Report of the Indian Hemp Drugs Commission, 1894-1895 - Volume IV
Year: 1894
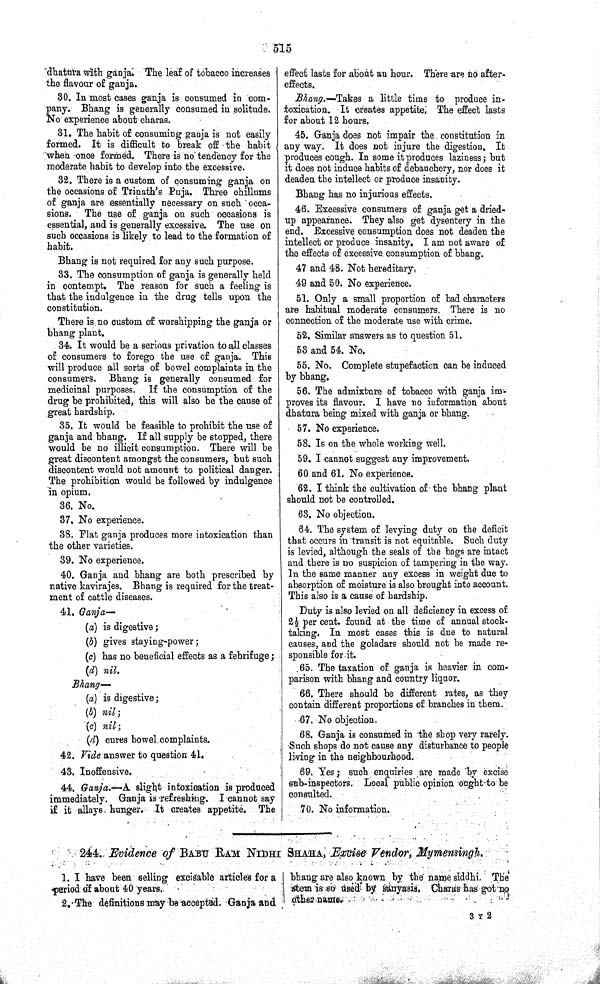
515
dhatura with ganja. The leaf of tobacco increases
the flavour of ganja.
30. In most cases ganja is consumed in com-
pany. Bhang is generally consumed in solitude.
No experience about charas.
31. The habit of consuming ganja is not easily
formed. It is difficult to break off the habit
when once formed. There is no tendency for the
moderate habit to develop into the excessive.
32. There is a custom of consuming ganja on
the occasions of Trinath's Puja. Three chillums
of ganja are essentially necessary on such occa-
sions. The use of ganja on such occasions is
essential, and is generally excessive. The use on
such occasions is likely to lead to the formation of
habit.
Bhang is not required for any such purpose.
33. The consumption of ganja is generally held
in contempt. The reason for such a feeling is
that the indulgence in the drug tells upon the
constitution.
There is no custom of worshipping the ganja or
bhang plant.
34. It would be a serious privation to all classes
of consumers to forego the use of ganja. This
will produce all sorts of bowel complaints in the
consumers. Bhang is generally consumed for
medicinal purposes. If the consumption of the
drug be prohibited, this will also be the cause of
great hardship.
35. It would be feasible to prohibit the use of
ganja and bhang. If all supply be stopped, there
would be no illicit consumption. There will be
great discontent amongst the consumers, but such
discontent would not amount to political danger.
The prohibition would be followed by indulgence
in opium.
36. No.
37. No experience.
38. Flat ganja produces more intoxication than
the other varieties.
39. No experience.
40. Ganja and bhang are both prescribed by
native kavirajes. Bhang is required for the treat-
ment of cattle diseases.
41. Ganja—
(a) is digestive;
(b) gives staying-power;
(c) has no beneficial effects as a febrifuge;
(d) nil.
Bhang—-
(a) is digestive;
(b) nil;
(c) nil;
(d) cures bowel complaints.
42. Vide answer to question 41.
43. Inoffensive.
44. Ganja.—A slight intoxication is produced
immediately. Ganja is refreshing. I cannot say
if it allays hunger. It creates appetite. The
effect lasts for about an hour. There are no after-
effects.
Bhang.—Takes a little time to produce in-
toxication. It creates appetite. The effect lasts
for about 12 hours.
45. Ganja does not impair the constitution in
any way. It does not injure the digestion. It
produces cough. In some it produces laziness; but
it does not induce habits of debauchery, nor does it
deaden the intellect or produce insanity.
Bhang has no injurious effects.
46. Excessive consumers of ganja get a dried-
up appearance. They also get dysentery in the
end. Excessive consumption does not deaden the
intellect or produce insanity. I am not aware of
the effects of excessive consumption of bhang.
47 and 48. Not hereditary,
49 and 50. No experience.
51. Only a small proportion of bad characters
are habitual moderate consumers. There is no
connection of the moderate use with crime.
52. Similar answers as to question 51.
53 and 54. No.
55. No. Complete stupefaction can be induced
by bhang.
56. The admixture of tobacco with ganja im-
proves its flavour. I have no information about
dhatura being mixed with ganja or bhang.
57. No experience.
58. Is on the whole working well.
59. I cannot suggest any improvement.
60 and 61. No experience.
62. I think the cultivation of the bhang plant
should not be controlled.
63. No objection.
64. The system of levying duty on the deficit
that occurs in transit is not equitable. Such duty
is levied, although the seals of the bags are intact
and there is no suspicion of tampering in the way.
In the same manner any excess in weight due to
absorption of moisture is also brought into account.
This also is a cause of hardship.
Duty is also levied on all deficiency in excess of
21/2 per cent. found at the time of annual stock-
taking. In most cases this is due to natural
causes, and the goladars should not be made re-
sponsible for it.
65. The taxation of ganja is heavier in com-
parison with bhang and country liquor.
66. There should be different rates, as they
contain different proportions of branches in them.
67. No objection.
68. Ganja is consumed in the shop very rarely.
Such shops do not cause any disturbance to people
living in the neighbourhood.
69. Yes; such enquiries are made by excise
sub-inspectors. Local public opinion ought to be
consulted.
70. No information.
244. Evidence of BABU RAM NIDHI SHAHA, Excise Vendor, Mymensingh.
1. I have been selling excisable articles for a
period of about 40 years.
2. The definitions may be accepted. Ganja and
bhang are also known by the name siddhi. The
stem is so used by sanyasis. Charas has got no
other
name.
3 Y 2